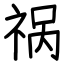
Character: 祸